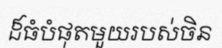
ដ៏ធំបំផុតមួយរបស់ចិន